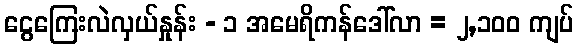
ငွေကြေးလဲလှယ်နှုန်း - ၁ အမေရိကန်ဒေါ်လာ = ၂,၁၀၀ ကျပ်